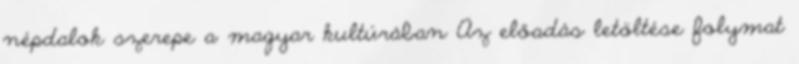
népdalok szerepe a magyar kultúrában Az előadás letöltése folymat